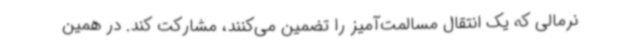
نرمالی که یک انتقال مسالمت‌آمیز را تضمین می‌کنند، مشارکت کند. در همین